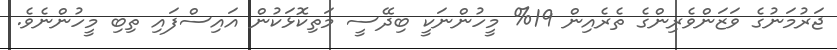
ޖަރުމަނުގެ ވަޒަންވެރިންގެ ތެރެއިން 19% މީހުންނަކީ ބިދޭސީ މަތިކޮޅަކުން އައިސްފައި ތިބި މީހުންނެވެ.